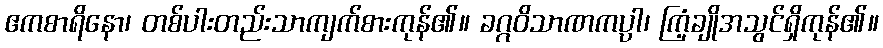
ဧကစာရိနော၊ တစ်ပါးတည်းသာကျက်စားကုန်၏။ ခဂ္ဂဝိသာဏကပ္ပါ၊ ကြံ့ချိုအသွင်ရှိကုန်၏။